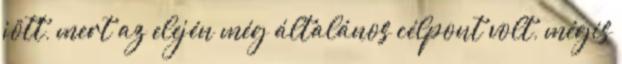
jött, mert az elején még általános célpont volt, mégis